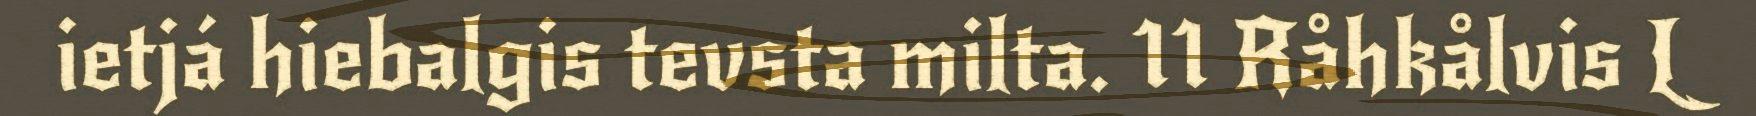
ietjá hiebalgis tevsta milta. 11 Råhkålvis L